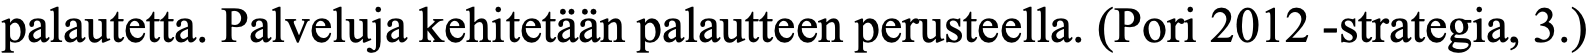
palautetta. Palveluja kehitetään palautteen perusteella. (Pori 2012 -strategia, 3.)